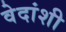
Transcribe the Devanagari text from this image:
वेदांशी